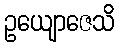
ဥယျောဇေသိ